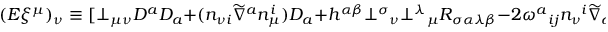
( { \cal E } \xi ^ { \mu } ) _ { \nu } \equiv [ \bot _ { \mu \nu } D ^ { a } D _ { a } + ( n _ { \nu i } \widetilde { \nabla } ^ { a } n _ { \mu } ^ { i } ) D _ { a } + h ^ { \alpha \beta } \bot ^ { \sigma } { _ { \nu } } \bot ^ { \lambda } { _ { \mu } } R _ { \sigma \alpha \lambda \beta } - 2 \omega ^ { a } { _ { i j } } n _ { \nu } { ^ { i } } \widetilde { \nabla } _ { a } n _ { \mu } ^ { j } ] \xi ^ { \mu } = 0 ;